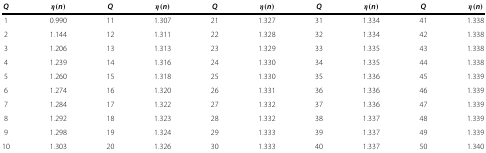
<table><thead><tr><td><b><i>Q</i></b></td><td><b><i>η</i>(<i>n</i>)</b></td><td><b><i>Q</i></b></td><td><b><i>η</i>(<i>n</i>)</b></td><td><b><i>Q</i></b></td><td><b><i>η</i>(<i>n</i>)</b></td><td><b><i>Q</i></b></td><td><b><i>η</i>(<i>n</i>)</b></td><td><b><i>Q</i></b></td><td><b><i>η</i>(<i>n</i>)</b></td></tr></thead><tbody><tr><td>1</td><td>0.990</td><td>11</td><td>1.307</td><td>21</td><td>1.327</td><td>31</td><td>1.334</td><td>41</td><td>1.338</td></tr><tr><td>2</td><td>1.144</td><td>12</td><td>1.311</td><td>22</td><td>1.328</td><td>32</td><td>1.334</td><td>42</td><td>1.338</td></tr><tr><td>3</td><td>1.206</td><td>13</td><td>1.313</td><td>23</td><td>1.329</td><td>33</td><td>1.335</td><td>43</td><td>1.338</td></tr><tr><td>4</td><td>1.239</td><td>14</td><td>1.316</td><td>24</td><td>1.330</td><td>34</td><td>1.335</td><td>44</td><td>1.338</td></tr><tr><td>5</td><td>1.260</td><td>15</td><td>1.318</td><td>25</td><td>1.330</td><td>35</td><td>1.336</td><td>45</td><td>1.339</td></tr><tr><td>6</td><td>1.274</td><td>16</td><td>1.320</td><td>26</td><td>1.331</td><td>36</td><td>1.336</td><td>46</td><td>1.339</td></tr><tr><td>7</td><td>1.284</td><td>17</td><td>1.322</td><td>27</td><td>1.332</td><td>37</td><td>1.336</td><td>47</td><td>1.339</td></tr><tr><td>8</td><td>1.292</td><td>18</td><td>1.323</td><td>28</td><td>1.332</td><td>38</td><td>1.337</td><td>48</td><td>1.339</td></tr><tr><td>9</td><td>1.298</td><td>19</td><td>1.324</td><td>29</td><td>1.333</td><td>39</td><td>1.337</td><td>49</td><td>1.339</td></tr><tr><td>10</td><td>1.303</td><td>20</td><td>1.326</td><td>30</td><td>1.333</td><td>40</td><td>1.337</td><td>50</td><td>1.340</td></tr></tbody></table>